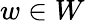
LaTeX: w\in W